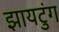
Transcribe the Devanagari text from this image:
झायटुंग